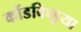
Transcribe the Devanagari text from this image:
कोंडविच्डूया